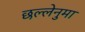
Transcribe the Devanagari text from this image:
छल्लेनुमा